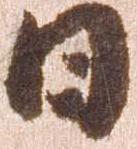
日